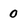
Character: 0